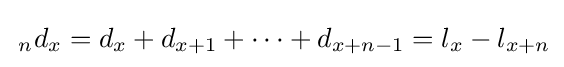
\,_{n}d_{x}=d_{x}+d_{x+1}+\cdots +d_{x+n-1}=l_{x}-l_{x+n}